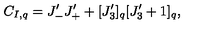
C _ { I , q } = J _ { - } ^ { \prime } J _ { + } ^ { \prime } + [ J _ { 3 } ^ { \prime } ] _ { q } [ J _ { 3 } ^ { \prime } + 1 ] _ { q } ,